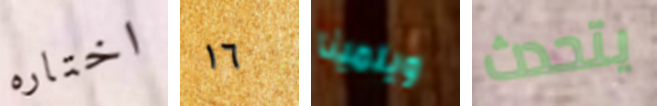
اختاره ١٦ ويلمينا يتحدث